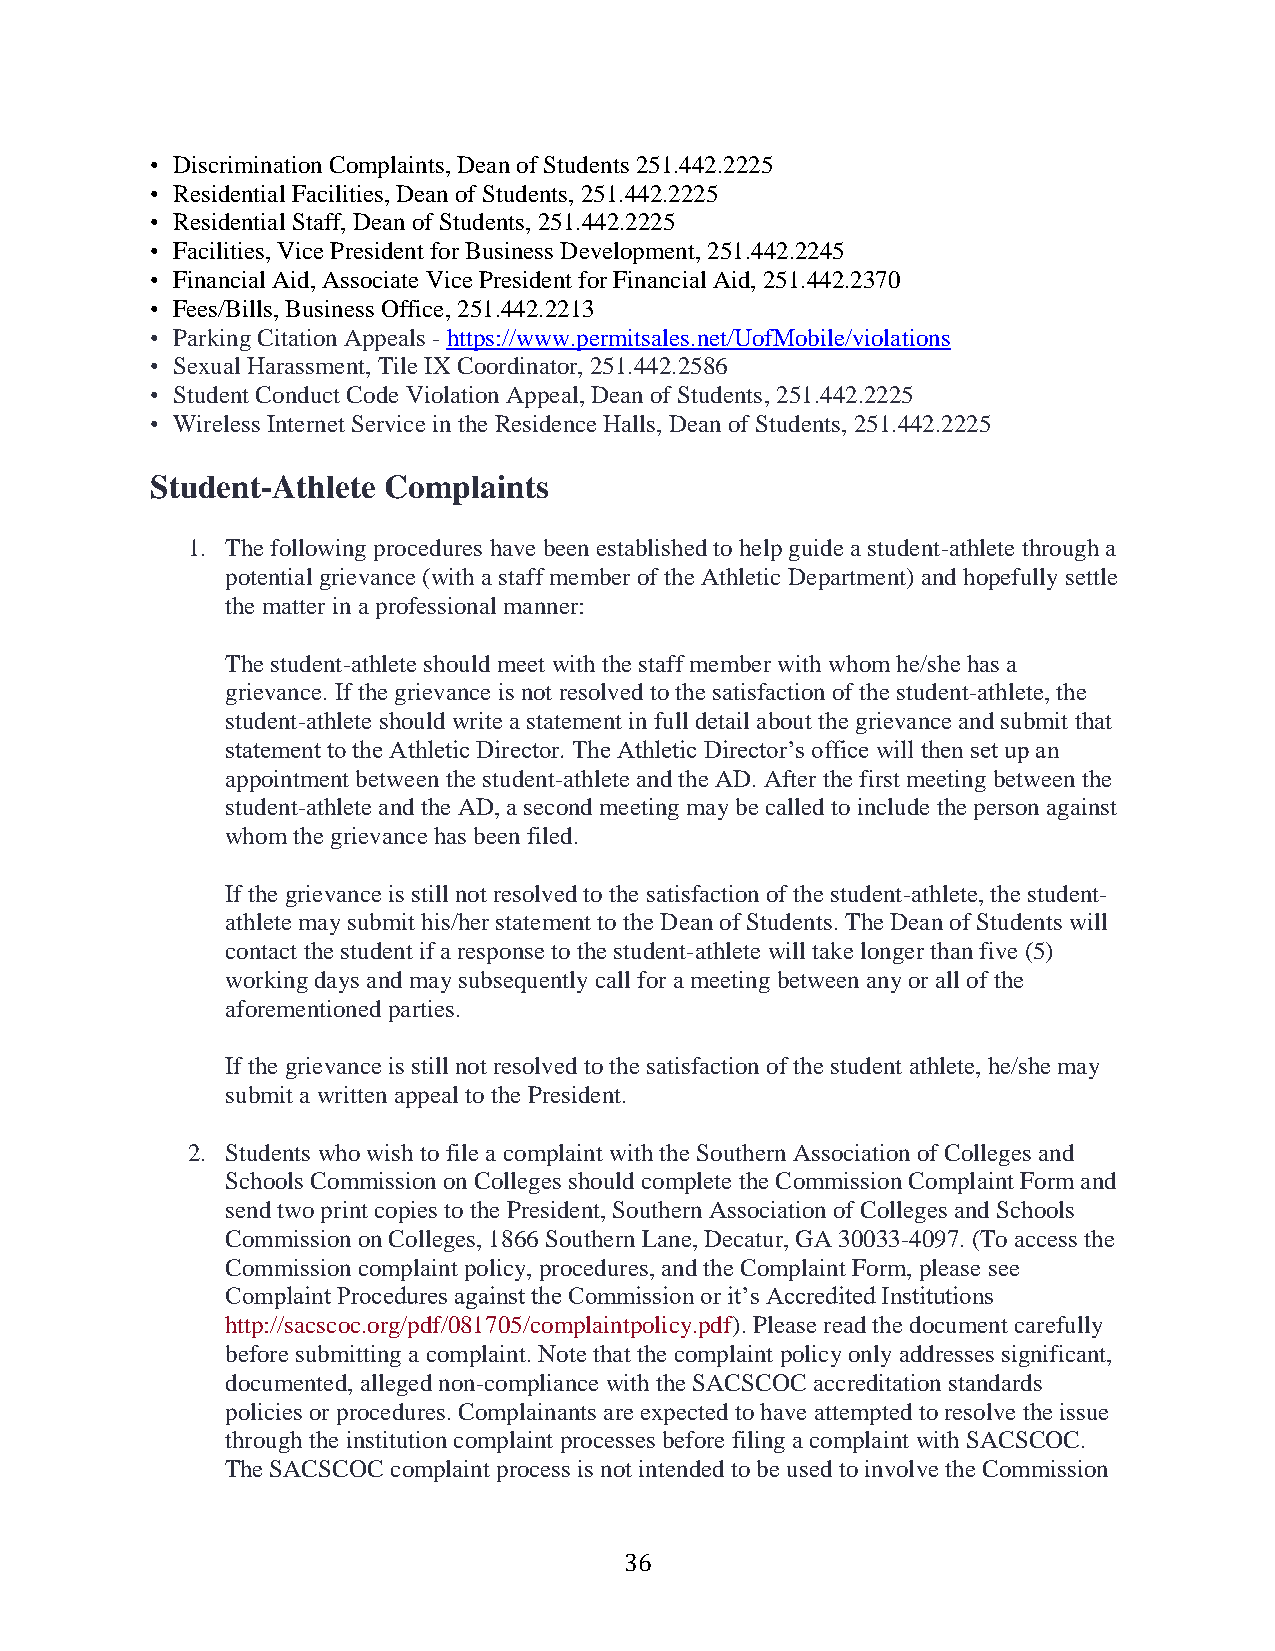
• Discrimination Complaints, Dean of Students 251.442.2225
 • Residential Facilities, Dean of Students, 251.442.2225
 • Residential Staff, Dean of Students, 251.442.2225
 • Facilities, Vice President for Business Development, 251.442.2245
 • Financial Aid, Associate Vice President for Financial Aid, 251.442.2370
 • Fees/Bills, Business Office, 251.442.2213
 • Parking Citation Appeals - https://www.permitsales.net/UofMobile/violations
 • Sexual Harassment, Tile IX Coordinator, 251.442.2586
 • Student Conduct Code Violation Appeal, Dean of Students, 251.442.2225
 • Wireless Internet Service in the Residence Halls, Dean of Students, 251.442.2225
 Student-Athlete Complaints
 1. The following procedures have been established to help guide a student-athlete through a
 potential grievance (with a staff member of the Athletic Department) and hopefully settle
 the matter in a professional manner:
 The student-athlete should meet with the staff member with whom he/she has a
 grievance. If the grievance is not resolved to the satisfaction of the student-athlete, the
 student-athlete should write a statement in full detail about the grievance and submit that
 statement to the Athletic Director. The Athletic Director’s office will then set up an
 appointment between the student-athlete and the AD. After the first meeting between the
 student-athlete and the AD, a second meeting may be called to include the person against
 whom the grievance has been filed.
 If the grievance is still not resolved to the satisfaction of the student-athlete, the student-
 athlete may submit his/her statement to the Dean of Students. The Dean of Students will
 contact the student if a response to the student-athlete will take longer than five (5)
 working days and may subsequently call for a meeting between any or all of the
 aforementioned parties.
 If the grievance is still not resolved to the satisfaction of the student athlete, he/she may
 submit a written appeal to the President.
 2. Students who wish to file a complaint with the Southern Association of Colleges and
 Schools Commission on Colleges should complete the Commission Complaint Form and
 send two print copies to the President, Southern Association of Colleges and Schools
 Commission on Colleges, 1866 Southern Lane, Decatur, GA 30033-4097. (To access the
 Commission complaint policy, procedures, and the Complaint Form, please see
 Complaint Procedures against the Commission or it’s Accredited Institutions
 http://sacscoc.org/pdf/081705/complaintpolicy.pdf). Please read the document carefully
 before submitting a complaint. Note that the complaint policy only addresses significant,
 documented, alleged non-compliance with the SACSCOC accreditation standards
 policies or procedures. Complainants are expected to have attempted to resolve the issue
 through the institution complaint processes before filing a complaint with SACSCOC.
 The SACSCOC complaint process is not intended to be used to involve the Commission
 36